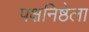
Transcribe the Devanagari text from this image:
पक्षनिष्ठेला